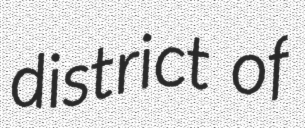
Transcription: district of